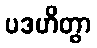
ပဒဟိတွာ